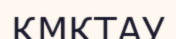
КМКТАУ